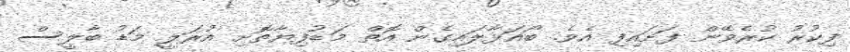
ފިކުރު ކުރެވޭން ފަށައިފި އެވެ. ބޯއަޅާލައިގެން އޮތް މަޑުފިޔާތޮށި އުރަލީ މަޑު ބާލީސް